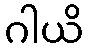
ဂါယိ